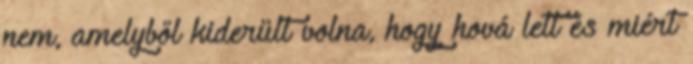
nem, amelyből kiderült volna, hogy hová lett és miért